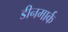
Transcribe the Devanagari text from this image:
डीनमार्क